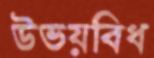
উভয়বিধ